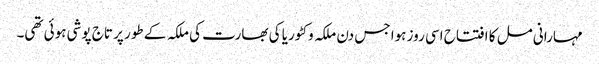
مہارانی مل کا افتتاح اسی روز ہوا جس دن ملکہ وکٹوریا کی بھارت کی ملکہ کے طور پر تاج پوشی ہوئی تھی۔